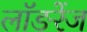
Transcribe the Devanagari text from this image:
लॉङरेंज